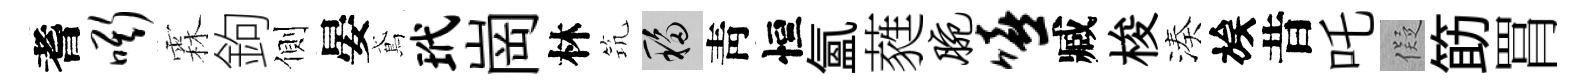
耆嘶霖鉤側晏鳶玳崗林𥬑移靑恒氳蕤腕嘻臧梭湊族昔吒儗筯罥